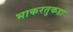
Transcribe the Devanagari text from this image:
भाकरतुकडा